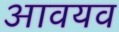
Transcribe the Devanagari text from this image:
आवयव